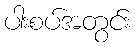
ပါးစပ်အတွင်း